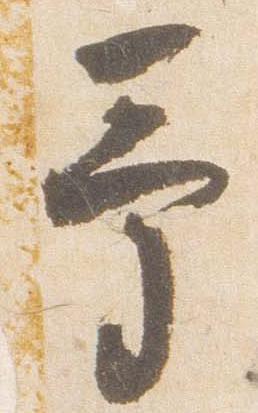
予